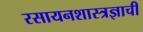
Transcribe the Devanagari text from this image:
रसायनशास्त्रज्ञाची